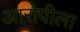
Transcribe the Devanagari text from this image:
आरोपीला